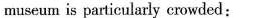
museum is particularly cnowded: